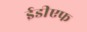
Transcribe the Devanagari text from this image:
ईडीएफ